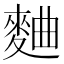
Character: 麯